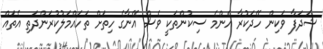
ޝަދަފާ ވަކިން ހޭދަކުރާ އެންމެ ސިކުންތަކީ ވެސް އޭނާގެ ހިތަށް ތަހައްމަލުކުރަންދަތި އެތައް